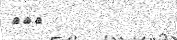
٢٧٢